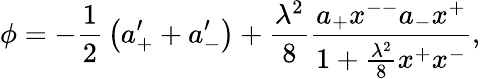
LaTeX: \phi=-{\frac{1}{2}}\left(a_{+}^{\prime}+a_{-}^{\prime}\right)+{\frac{\lambda^{2}}{8}}{\frac{a_{+}x^{--}a_{-}x^{+}}{1+{\frac{\lambda^{2}}{8}}x^{+}x^{-}}},